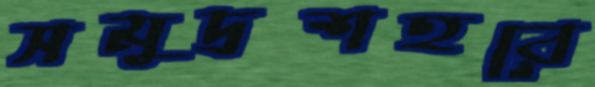
সমুদ্রশহরে